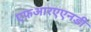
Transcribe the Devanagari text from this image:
एफ़आरएएनडी